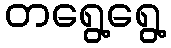
တရွေ့ရွေ့